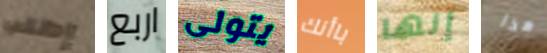
إطلب اربع يتولى باأنك إنها هذا